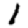
Digit: 1